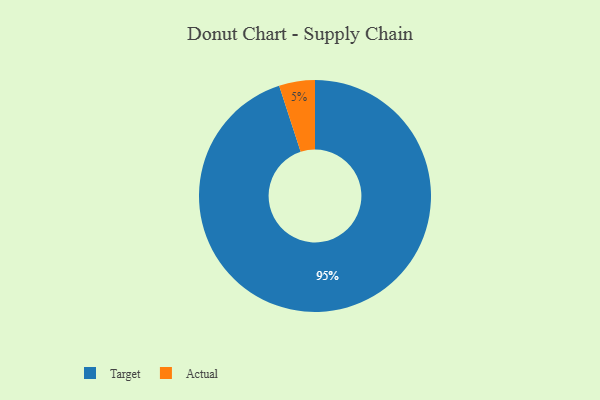
{"axis": {"x": "Category", "y": "Percentage"}, "legend": ["Actual", "Target"], "data": [{"x": "Target", "y": 95, "type": "Target"}, {"x": "Actual", "y": 5, "type": "Actual"}]}